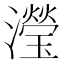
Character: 瀅